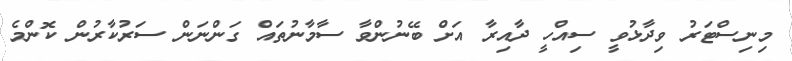
މިނިސްޓަރު ވިދާޅުވީ ސިއްހީ ދާއިރާ އަށް ބޭނުންވާ ސާމާނުތައް ގަންނަން ސަރުކާރުން ކޮންމެ